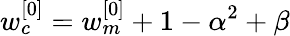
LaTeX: w_{c}^{[0]}=w_{m}^{[0]}+1-\alpha^{2}+\beta